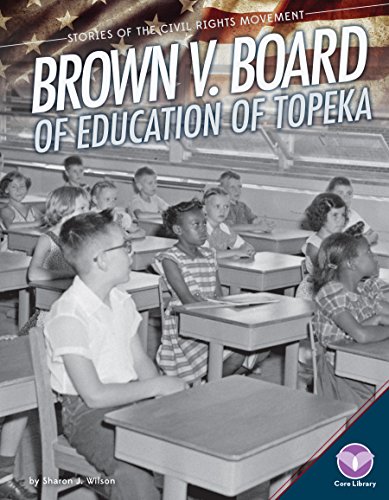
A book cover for Brown V. Board of Education of Topeka (Stories of the Civil Rights Movement); Sharon J. Wilson; Children's Books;